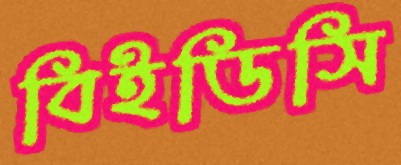
বিইডিসি